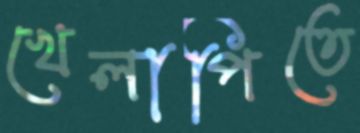
খেলাপিতে